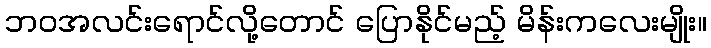
ဘဝအလင်းရောင်လို့တောင် ပြောနိုင်မည့် မိန်းကလေးမျိုး။